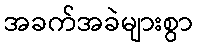
အခက်အခဲများစွာ